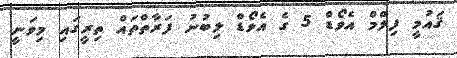
ޤައުމީ ފިލްމް އެވޯޑް 5 ގެ އެވޯޑް ލިބުނު ފަރާތްތައް ތިރީގައި މިވަނީ